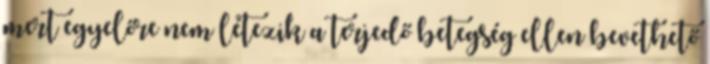
mert egyelőre nem létezik a terjedő betegség ellen bevethető